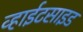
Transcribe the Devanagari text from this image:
व्हाईटसाइड